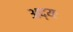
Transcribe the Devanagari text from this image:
अद्यः